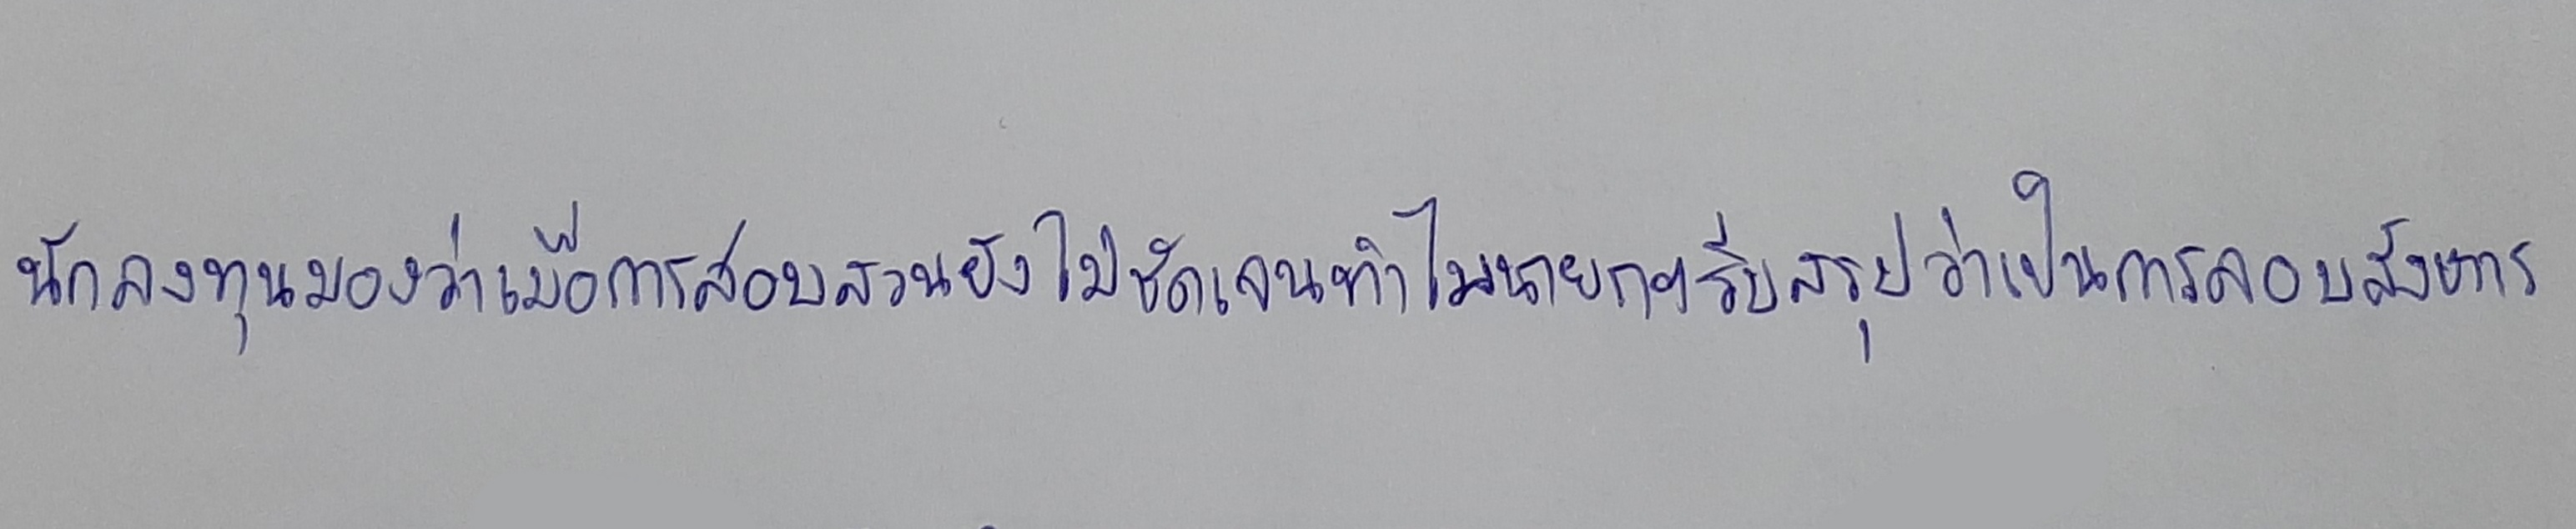
นักลงทุนมองว่าเมื่อการสอบสวนยังไม่ชัดเจนทำไมนายกฯรีบสรุปว่าเป็นการลอบสังหาร